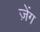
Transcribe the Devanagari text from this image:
ज़ेंग